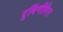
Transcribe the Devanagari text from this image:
दुर्बिणीविना